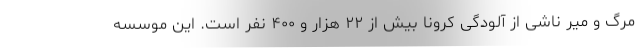
مرگ و میر ناشی از آلودگی کرونا بیش از ۲۲ هزار و ۴۰۰ نفر است. این موسسه